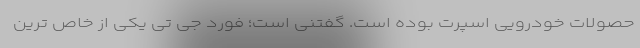
حصولات خودرویی اسپرت بوده است. گفتنی است؛ فورد جی تی یکی از خاص ترین